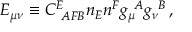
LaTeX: E _ { \mu \nu } \equiv C _ { ~ A F B } ^ { E } n _ { E } n ^ { F } g _ { \mu } ^ { ~ A } g _ { \nu } ^ { ~ B } \, ,